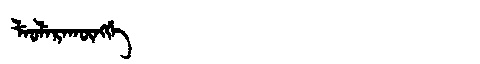
Manchu: ᠯᡝᠣᠯᡝᡵᠠᡴᡡᠩᡤᡝ
Romanization: LEOLERAKŪNGGE